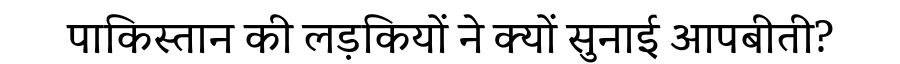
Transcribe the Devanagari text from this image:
पाकिस्तान की लड़कियों ने क्यों सुनाई आपबीती?